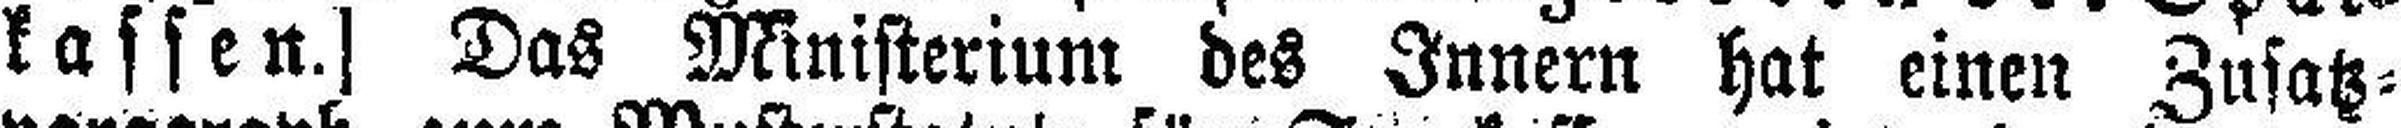
kassen.) Das Ministerium des Innern hat einen Zusatz¬